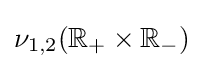
\nu _{1,2}(\mathbb {R} _{+}\times \mathbb {R} _{-})